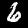
Label: 6